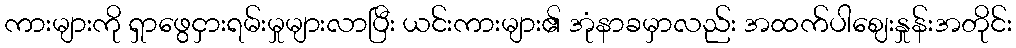
ကားများကို ရှာဖွေငှားရမ်းမှုများလာပြီး ယင်းကားများ၏ အုံနာခမှာလည်း အထက်ပါဈေးနှုန်းအတိုင်း